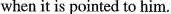
when it is pointed to him.